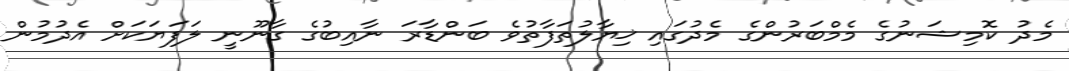
މެދު ކޮމިޝަނުގެ މެމްބަރުންގެ މެދުގައި ޚިޔާލުތަފާތުވެ ބަންޑާރަ ނާއިބުގެ ގާނޫނީ ލަފަޔަކަށް އެދުމުން